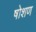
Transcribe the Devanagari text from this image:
षोशण